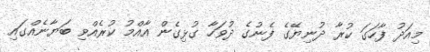
މިއަދު ފާހަގަ ކުރާ ދުނިޔޭގެ ފެނުގެ ދުވަހާ ގުޅިގެން އާއްމު ކުރެއްވި ބަޔާނެއްގައި